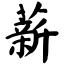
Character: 薪